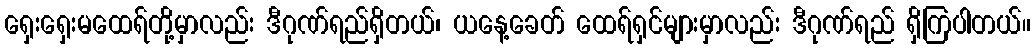
ရှေးရှေးမထေရ်တို့မှာလည်း ဒီဂုဏ်ရည်ရှိတယ်၊ ယနေ့ခေတ် ထေရ်ရှင်များမှာလည်း ဒီဂုဏ်ရည် ရှိကြပါတယ်။